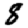
Digit: 8